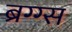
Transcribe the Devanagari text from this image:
ब्रग्ग्स